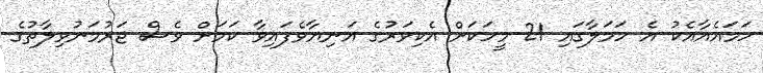
ހަމައެއާއެކު އެ ހަމަލާގައި 21 މީހަކަށް އެކިވަރުގެ އަނިޔާވެފައިވާ ކަމަށް ވެސް ޖަރުމަނުވިލާތުގެ